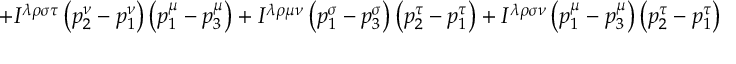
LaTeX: + I ^ { \lambda \rho \sigma \tau } \left( p _ { 2 } ^ { \nu } - p _ { 1 } ^ { \nu } \right) \left( p _ { 1 } ^ { \mu } - p _ { 3 } ^ { \mu } \right) + I ^ { \lambda \rho \mu \nu } \left( p _ { 1 } ^ { \sigma } - p _ { 3 } ^ { \sigma } \right) \left( p _ { 2 } ^ { \tau } - p _ { 1 } ^ { \tau } \right) + I ^ { \lambda \rho \sigma \nu } \left( p _ { 1 } ^ { \mu } - p _ { 3 } ^ { \mu } \right) \left( p _ { 2 } ^ { \tau } - p _ { 1 } ^ { \tau } \right)